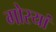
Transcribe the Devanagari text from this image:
गोरयां